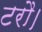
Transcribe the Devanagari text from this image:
टरौ।